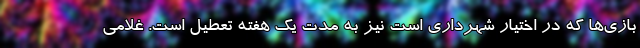
بازی‌ها که در اختیار شهرداری است نیز به مدت یک هفته تعطیل است. غلامی